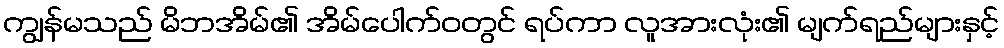
ကျွန်မသည် မိဘအိမ်၏ အိမ်ပေါက်ဝတွင် ရပ်ကာ လူအားလုံး၏ မျက်ရည်များနှင့်